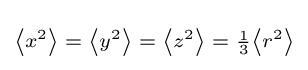
\scriptstyle \left\langle x^{2}\right\rangle \;=\;\left\langle y^{2}\right\rangle \;=\;\left\langle z^{2}\right\rangle \;=\;{\frac {1}{3}}\left\langle r^{2}\right\rangle